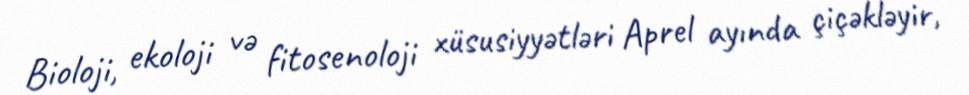
Bioloji, ekoloji və fitosenoloji xüsusiyyətləri Aprel ayında çiçəkləyir,